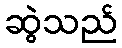
ဆွဲသည်